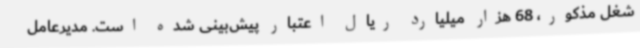
شغل مذکور، 68 هزار میلیارد ریال اعتبار پیش‌بینی شده است. مدیرعامل